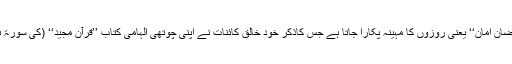
اس خاص مہینے کا نام ’’رمضان الکریم، رمضان المبارک یا رمضان امان‘‘ یعنی روزوں کا مہینہ پکارا جاتا ہے جس کاذکر خود خالق کائنات نے اپنی چوتھی الہامی کتاب ’’قرآن مجید‘‘ (کی سورۃ نمبر 2 ، البقرہ کی آیت نمبر 183 ) میں کچھ ان الفاظ میں فرمایا۔